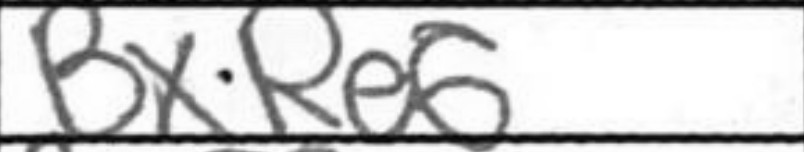
Transcription: BxRe6